画像に写った文字を読んでください
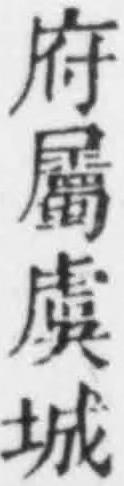
「府屬虞城」と書いてあります